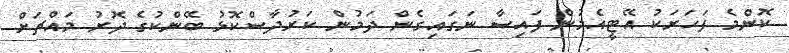
ކޮންމެ ފަހަރަކު އޭޓީއެމުން ފައިސާ ނަގައިގެން ދަމުން ކަރުދާސްކޮޅު ބޭންކުގެ ދޮރު މައްޗަށް